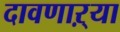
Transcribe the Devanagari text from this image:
दावणाऱ्या